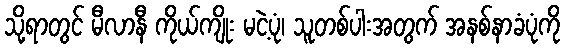
သို့ရာတွင် မီလာနီ ကိုယ်ကျိုး မငဲ့ပုံ၊ သူတစ်ပါးအတွက် အနစ်နာခံပုံကို